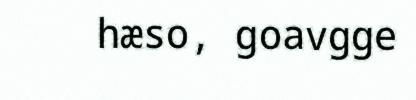
hæso, goavgge